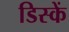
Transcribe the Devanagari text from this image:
डिस्कें